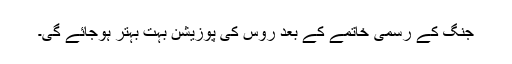
جنگ کے رسمی خاتمے کے بعد روس کی پوزیشن بہت بہتر ہوجائے گی۔